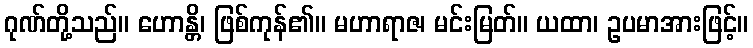
ဂုဏ်တို့သည်။ ဟောန္တိ၊ ဖြစ်ကုန်၏။ မဟာရာဇ၊ မင်းမြတ်။ ယထာ၊ ဥပမာအားဖြင့်။